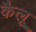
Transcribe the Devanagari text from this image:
कैलू